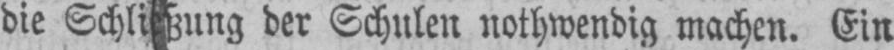
der Schulen nothwendig machen. Ein